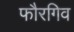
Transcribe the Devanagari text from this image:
फौरगिव